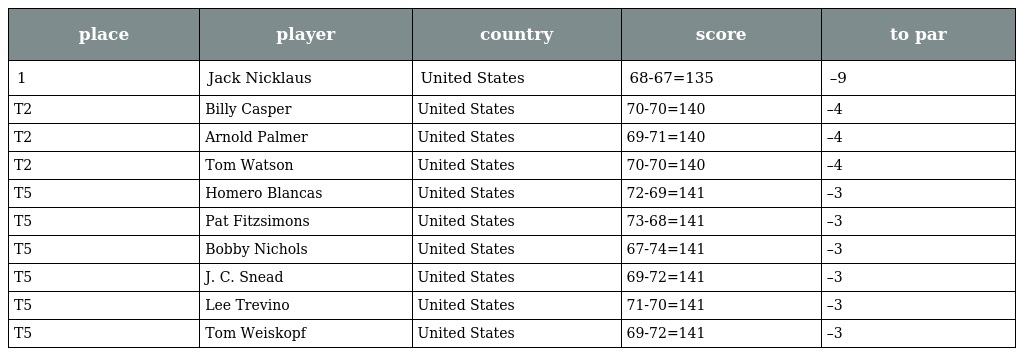
| place | player | country | score | to par |
 | --- | --- | --- | --- | --- |
 | 1 | Jack Nicklaus | United States | 68-67=135 | –9 |
 | T2 | Billy Casper | United States | 70-70=140 | –4 |
 | T2 | Arnold Palmer | United States | 69-71=140 | –4 |
 | T2 | Tom Watson | United States | 70-70=140 | –4 |
 | T5 | Homero Blancas | United States | 72-69=141 | –3 |
 | T5 | Pat Fitzsimons | United States | 73-68=141 | –3 |
 | T5 | Bobby Nichols | United States | 67-74=141 | –3 |
 | T5 | J. C. Snead | United States | 69-72=141 | –3 |
 | T5 | Lee Trevino | United States | 71-70=141 | –3 |
 | T5 | Tom Weiskopf | United States | 69-72=141 | –3 |